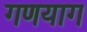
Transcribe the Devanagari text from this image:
गणयाग